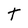
Character: T